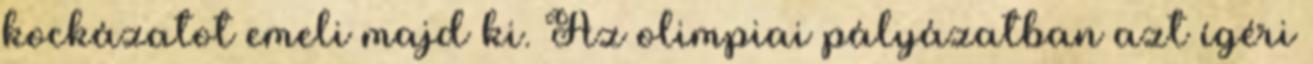
kockázatot emeli majd ki. Az olimpiai pályázatban azt ígéri